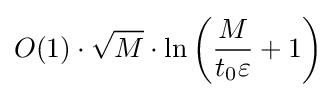
O(1)\cdot {\sqrt {M}}\cdot \ln \left({\frac {M}{t_{0}\varepsilon }}+1\right)